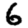
Digit: 6